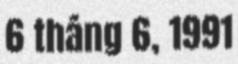
6 tháng 6, 1991